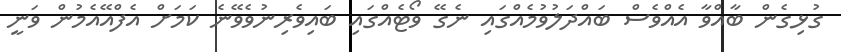
ގުޅިގެން ބާއްވާ އެއްވެސް ބައްދަލުވުމެއްގައި ނެގޭ ވޯޓެއްގައި ބައިވެރިނުވެވޭނެ ކަމަށް އެފްއޭއެމުން ވަނީ